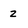
Character: z